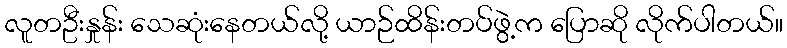
လူတဦးနှုန်း သေဆုံးနေတယ်လို့ ယာဉ်ထိန်းတပ်ဖွဲ့က ပြောဆို လိုက်ပါတယ်။